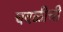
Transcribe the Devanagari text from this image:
चवळीची